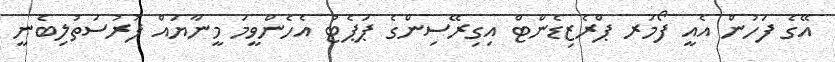
އޭގެ ފަހުން އެއީ ފޯމަރ ޕްރެޒިޑެންޓް އިގިރޭސިންގެ ޕަޕެޓު އެހެންވީމަ މީނާޔައް ފުރުސަތުލިބެނީ